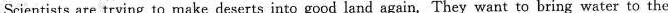
Scientists are trying to make deserts into good land again. They want to bring water to the